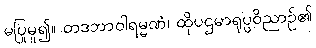
မပြုမူ၍။ တဒဘာဝါရမ္မဏံ၊ ထိုပဌမာရုပ္ပဝိညာဉ်၏